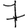
Digit: 7